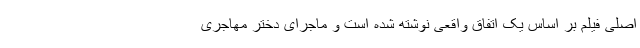
اصلی فیلم بر اساس یک اتفاق واقعی نوشته شده است و ماجرای دختر مهاجری